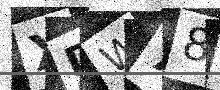
Text: XDW78P